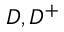
D , D ^ { + }